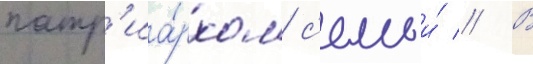
патр'иа́рхом с'емьи́ // В